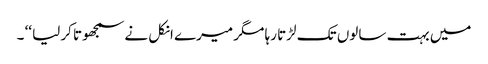
میں بہت سالوں تک لڑتا رہا مگر میرے انکل نے سمجھوتا کرلیا ‘‘ ۔